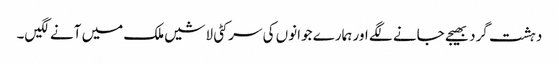
دہشت گرد بھیجے جانے لگے اور ہمارے جوانوں کی سر کٹی لاشیں ملک میں آنے لگیں۔